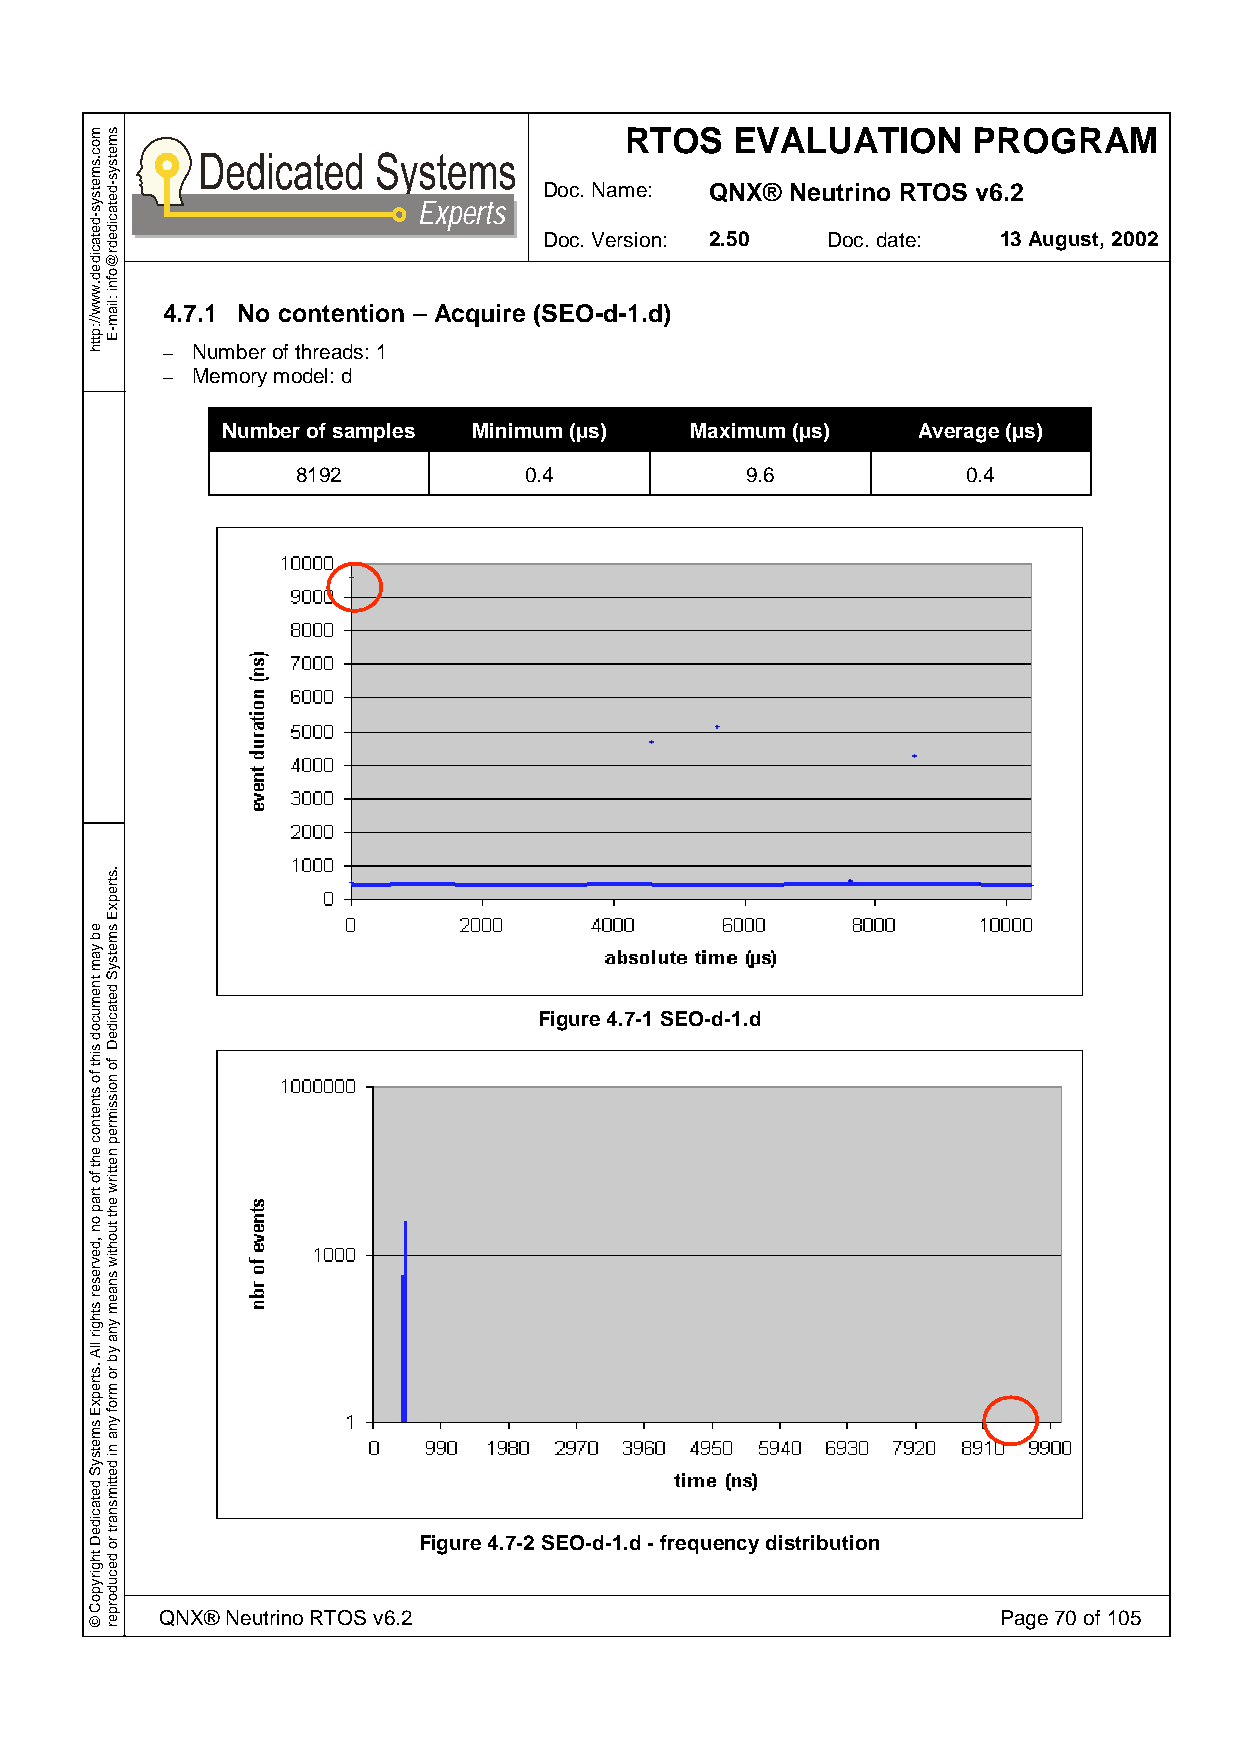
RTOS    EVALUATION     PROGRAM
 Doc. Name: QNX® Neutrino RTOS v6.2
 Experts
 Doc. Version: 2.50 Doc. date: 13 August, 2002
 4.7.1 No contention – Acquire (SEO-d-1.d)
 – Number of threads: 1
 – Memory model: d
 Number of samples Minimum (µs) Maximum (µs)   Average (µs)
 8192           0.4           9.6            0.4
 Figure 4.7-1 SEO-d-1.d
 Figure 4.7-2 SEO-d-1.d - frequency distribution
 QNX® Neutrino RTOS v6.2                                Page 70 of 105
 moc.smetsys-detacided.www//:ptth
 eb
 yam
 tnemucod
 siht
 fo
 stnetnoc
 eht
 fo
 trap
 on
 ,devreser
 sthgir
 llA
 .strepxE
 smetsyS
 detacideD
 thgirypoC
 ©
 smetsys-detacidedr@ofni
 :liam-E
 .strepxE
 smetsyS
 detacideD
 fo
 noissimrep
 nettirw
 eht
 tuohtiw
 snaem
 yna
 yb
 ro
 mrof
 yna
 ni
 dettimsnart
 ro
 decudorper